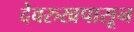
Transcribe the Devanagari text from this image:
देवरुखपासून